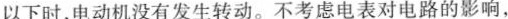
以下时，电动机没有发生转动。不考虑电表对电路的影响，